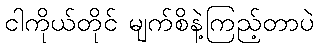
ငါကိုယ်တိုင် မျက်စိနဲ့ကြည့်တာပဲ